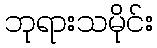
ဘုရားသမိုင်း